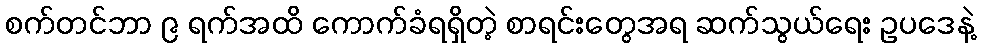
စက်တင်ဘာ ၉ ရက်အထိ ကောက်ခံရရှိတဲ့ စာရင်းတွေအရ ဆက်သွယ်ရေး ဥပဒေနဲ့